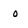
Character: 0